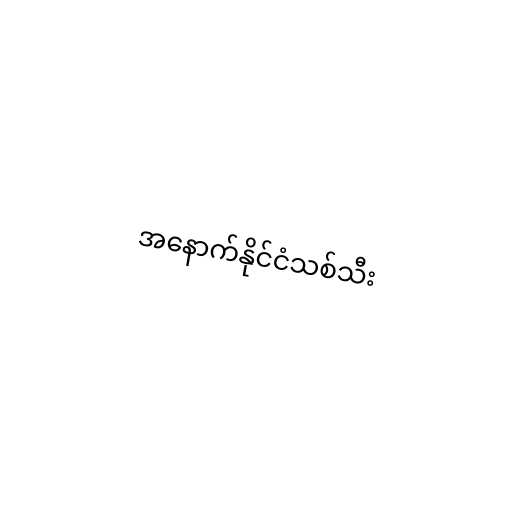
အနောက်နိုင်ငံသစ်သီး